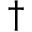
\dagger